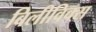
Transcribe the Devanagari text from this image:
बिलीविक्स